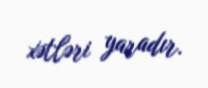
xətləri yaradır.